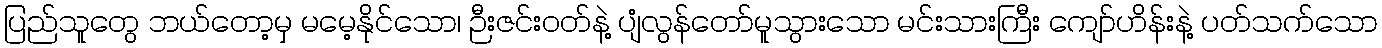
ပြည်သူတွေ ဘယ်တော့မှ မမေ့နိုင်သော၊ ဉီးဇင်းဝတ်နဲ့ ပျံလွန်တော်မူသွားသော မင်းသားကြီး ကျော်ဟိန်းနဲ့ ပတ်သက်သော